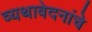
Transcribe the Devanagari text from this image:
व्यथावेदनांचे